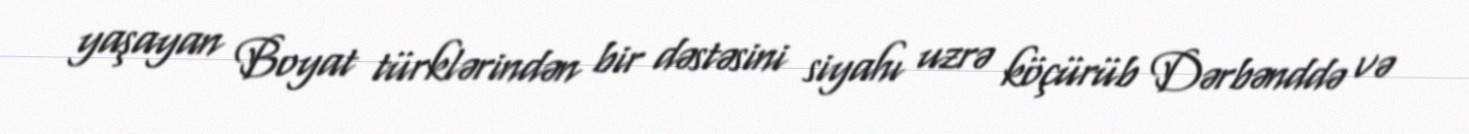
yaşayan Boyat türklərindən bir dəstəsini siyahı uzrə köçürüb Dərbənddə və